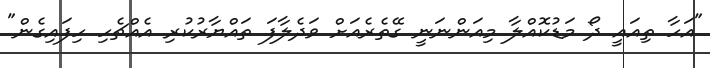
"އަހާ ތިއައީ ދޯ މަޑުކޮއްލާ މިއަންނަނީ ގޭތެރެއަށް ވަދެލާފަ ތައްޔާރުކުރި އެއްޗެހި ހިފައިގެން"